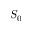
S _ { 0 }